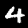
Label: 4